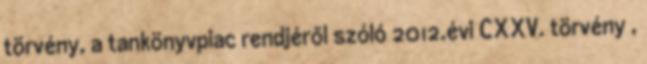
törvény, a tankönyvpiac rendjéről szóló 2012.évi CXXV. törvény ,